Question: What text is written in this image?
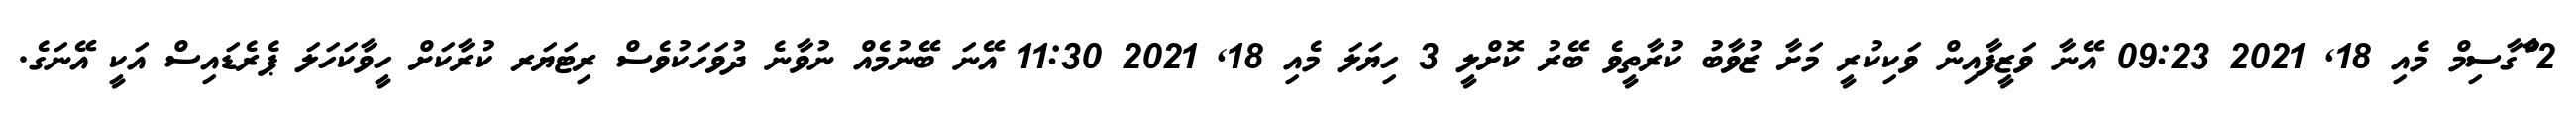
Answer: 2 ްާްާގާސިމް މެއި 18, 2021 09:23 އޭނާ ވަޒީފާއިން ވަކިކުރީ މަށާ ޒުވާބު ކުރާތީވެ ބޭރު ކޮށްލީ 3 ހިޔަލަ މެއި 18, 2021 11:30 އޭނަ ބޭނުމެއް ނުވާނެ ދުވަހަކުވެސް ރިޓަޔަރ ކުރާކަށް ހީވާކަހަލަ ޕެރެޑައިސް އަކީ އޭނަގެ.